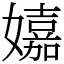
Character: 𡣗